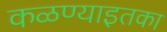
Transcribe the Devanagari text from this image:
कळण्याइतका